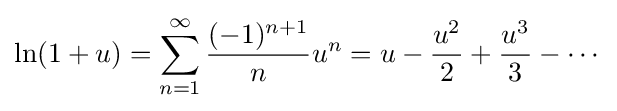
\ln(1+u)=\sum _{n=1}^{\infty }{\frac {(-1)^{n+1}}{n}}u^{n}=u-{\frac {u^{2}}{2}}+{\frac {u^{3}}{3}}-\cdots